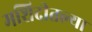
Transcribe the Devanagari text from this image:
मशिदीतल्या